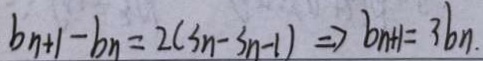
b _ { n + 1 } - b _ { n } = 2 ( s _ { n } - s _ { n - 1 } ) \Rightarrow b _ { n + 1 } = 3 b _ { n }